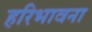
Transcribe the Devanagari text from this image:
हरिभावना